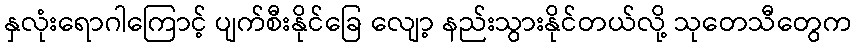
နှလုံးရောဂါကြောင့် ပျက်စီးနိုင်ခြေ လျော့ နည်းသွားနိုင်တယ်လို့ သုတေသီတွေက